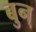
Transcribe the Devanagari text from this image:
बुन्‌